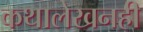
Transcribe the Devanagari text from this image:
कथालेखनही